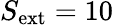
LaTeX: S_{\mathrm{ext}}=10